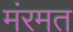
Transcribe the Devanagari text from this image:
मंरमत